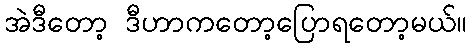
အဲဒီတော့ ဒီဟာကတော့ပြောရတော့မယ်။